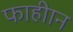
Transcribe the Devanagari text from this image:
फाहीान